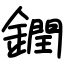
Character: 𨬔